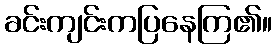
ခင်းကျင်းကပြနေကြ၏။